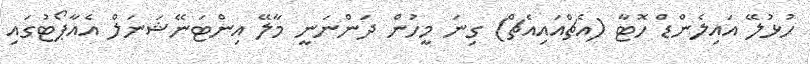
ހުޅުލޭ އައިލެންޑް ހޮޓާ (އެޗްއައިއެޗް) ގިނަ މީހުން ދަންނަނީ މާލޭ އިންޓަނޭޝަނަލް އެއާޕޯޓުގައި